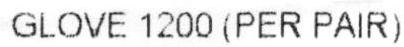
GLOVE 1200 (PER PAIR)